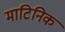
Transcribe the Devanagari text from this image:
माटिनिक